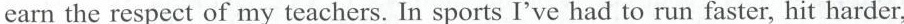
earn the respect of my teachers. In sports I've had to run faster, hit harder,